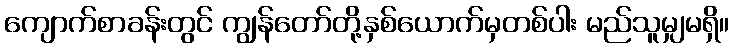
ကျောက်စာခန်းတွင် ကျွန်တော်တို့နှစ်ယောက်မှတစ်ပါး မည်သူမျှမရှိ။